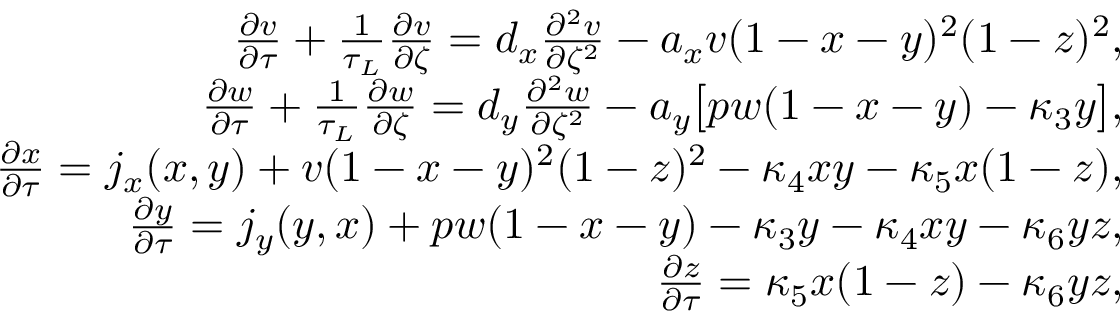
\begin{array} { r l r } & { } & { \frac { \partial v } { \partial \tau } + \frac { 1 } { \tau _ { L } } \frac { \partial v } { \partial \zeta } = d _ { x } \frac { \partial ^ { 2 } v } { \partial \zeta ^ { 2 } } - a _ { x } v ( 1 - x - y ) ^ { 2 } ( 1 - z ) ^ { 2 } , } \\ & { } & { \frac { \partial w } { \partial \tau } + \frac { 1 } { \tau _ { L } } \frac { \partial w } { \partial \zeta } = d _ { y } \frac { \partial ^ { 2 } w } { \partial \zeta ^ { 2 } } - a _ { y } \big [ p w ( 1 - x - y ) - \kappa _ { 3 } y \big ] , } \\ & { } & { \frac { \partial x } { \partial \tau } = j _ { x } ( x , y ) + v ( 1 - x - y ) ^ { 2 } ( 1 - z ) ^ { 2 } - \kappa _ { 4 } x y - \kappa _ { 5 } x ( 1 - z ) , } \\ & { } & { \frac { \partial y } { \partial \tau } = j _ { y } ( y , x ) + p w ( 1 - x - y ) - \kappa _ { 3 } y - \kappa _ { 4 } x y - \kappa _ { 6 } y z , } \\ & { } & { \frac { \partial z } { \partial \tau } = \kappa _ { 5 } x ( 1 - z ) - \kappa _ { 6 } y z , } \end{array}